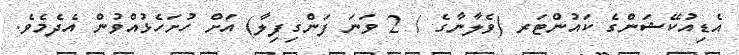
އެޑިއުކޭޝަންގެ ކައުންޓަރ (ވެލާނާގެ / 2 ވަނަ ފަންގިފިލާ) އަށް ހުށަހެޅުއްވުން އެދެމެވެ.